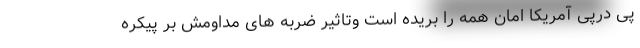
پی درپی آمریکا امان همه را بریده است وتاثیر ضربه های مداومش بر پیکره